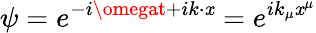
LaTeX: \psi=e^{-i\omegat+ik\cdot\mathit{x}}=e^{ik_{\mu}\mathit{x}^{\mu}}